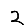
Digit: 2